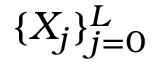
\{ X _ { j } \} _ { j = 0 } ^ { L }